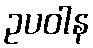
ဥပဝါန